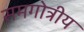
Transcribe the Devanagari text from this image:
समगोत्रीय